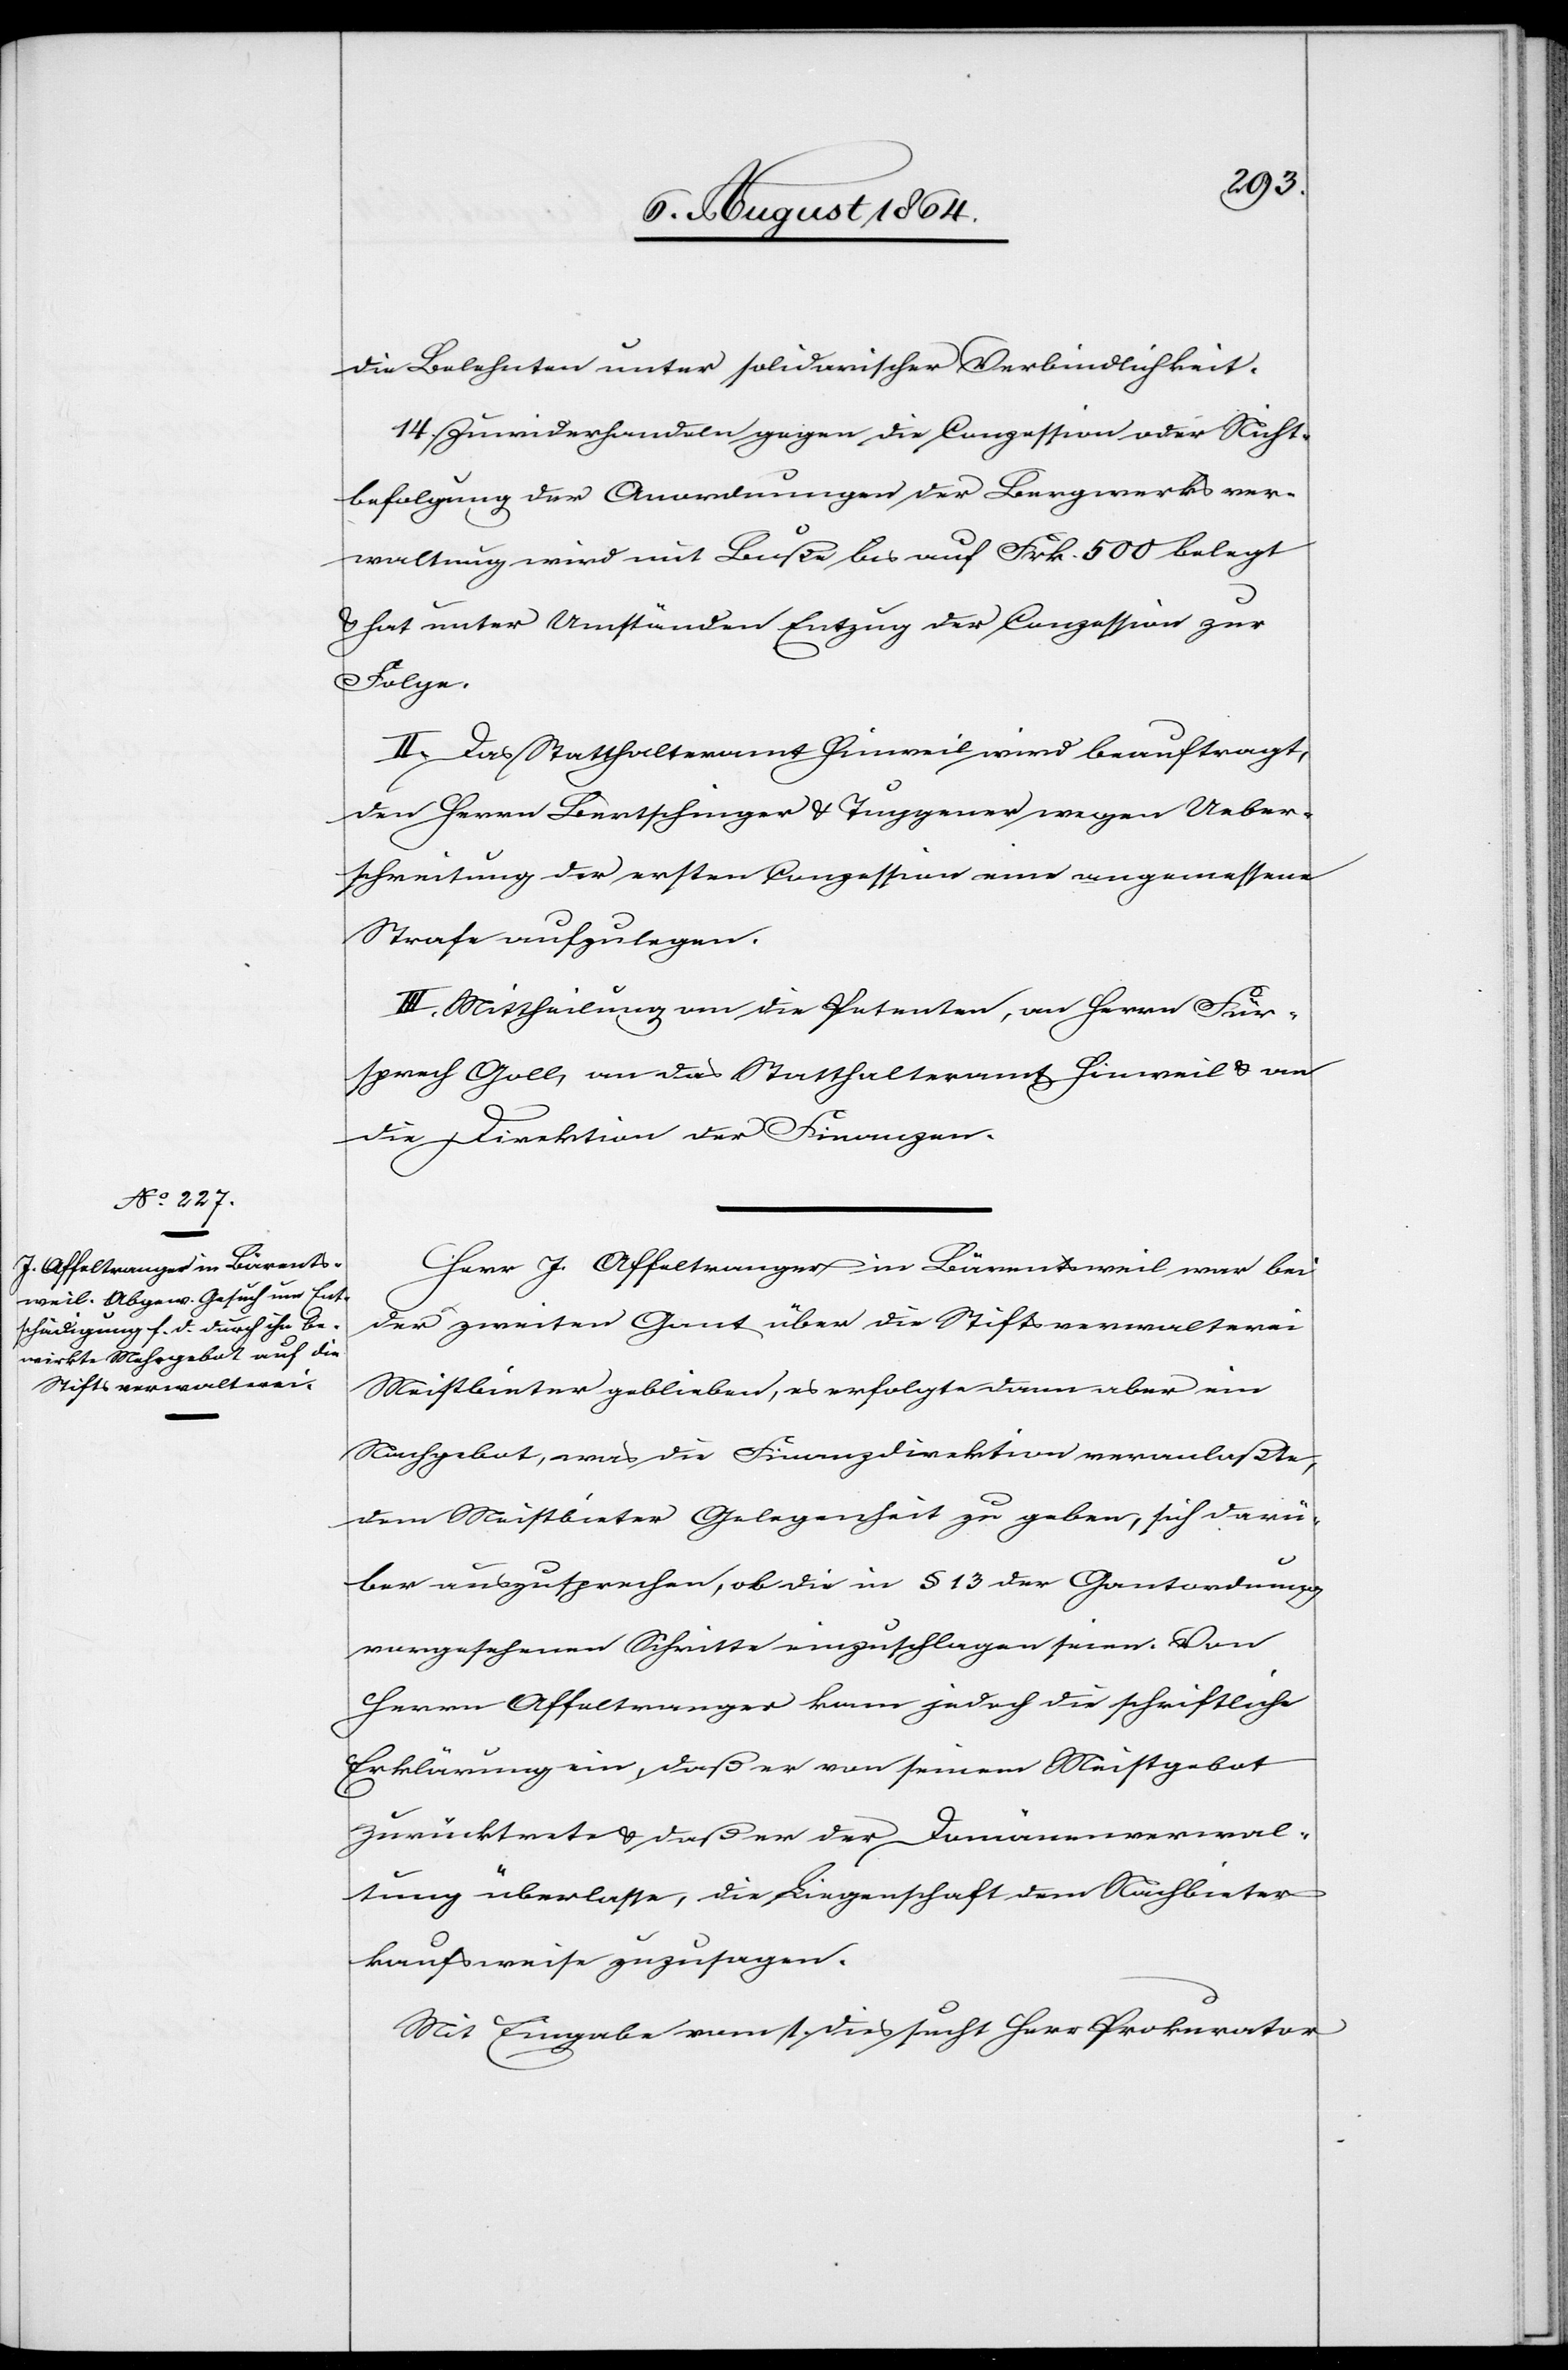
die Belehnten unter solidarischer Verbindlichkeit.
14. Zuwiderhandeln gegen die Konzession oder Nicht¬
befolgung der Anordnungen der Bergwerksver¬
waltung wird mit Buße bis auf Frk. 500 belegt
& hat unter Umständen Entzug der Conzession zur
Folge.
II. Das Statthalteramt Hinweil wird beauftragt,
den Herren Bertschinger & Tuggener wegen Ueber¬
schreitung der ersten Konzession eine angemessene
Strafe aufzulegen.
III. Mittheilung an die Petenten, an Herrn Für¬
sprech Goll, an das Statthalteramt Hinweil & an
die Direktion der Finanzen.
Herr J. Affeltranger in Bärentsweil war bei
der zweiten Gant über die Stiftsverwalterei
Meistbieter geblieben, es erfolgte dann aber ein
Nachgebot, was die Finanzdirektion veranlaßte,
dem Meistbieter Gelegenheit zu geben, sich darü¬
ber auszusprechen, ob die in § 13 der Gantordnung
vorgesehenen Schritte einzuschlagen seien. Von
Herrn Affeltranger kam jedoch die schriftliche
Erklärung ein, daß er von seinem Meistgebot
zurücktrete & daß er der Domänenverwal¬
tung überlasse, die Liegenschaft dem Nächstbieter
kaufsweise zuzusagen.
Mit Eingabe vom 1. dies sucht Herr Prokurator